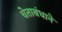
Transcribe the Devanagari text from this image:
चेताबंधाने